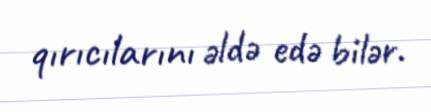
qırıcılarını əldə edə bilər.